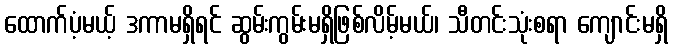
ထောက်ပံ့မယ့် ဒကာမရှိရင် ဆွမ်းကွမ်းမရှိဖြစ်လိမ့်မယ်၊ သီတင်းသုံးစရာ ကျောင်းမရှိ